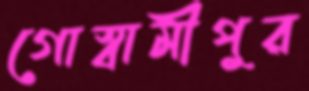
গোস্বামীপুর